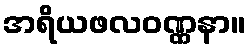
အရိယဖလဝဏ္ဏနာ။